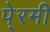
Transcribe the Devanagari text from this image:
पे्रमी